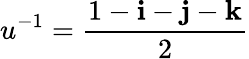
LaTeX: u^{-1}={\frac{1-\mathbf{i}-\mathbf{j}-\mathbf{k}}{2}}